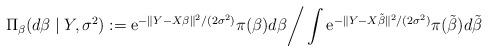
LaTeX: \begin{align*}\Pi_{\beta}(d\beta\mid Y,\sigma^{2}):=\mathrm{e}^{ -\|Y-X\beta\|^{2}/(2\sigma^{2}) }\pi(\beta)d\beta \bigg{/} \int \mathrm{e}^{ -\|Y-X\tilde{\beta}\|^{2}/(2\sigma^{2}) }\pi(\tilde{\beta})d\tilde{\beta}\end{align*}